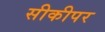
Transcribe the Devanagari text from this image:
सीकीपर